Document type: Sale
Year: 1451
Scribe: [Unknown]
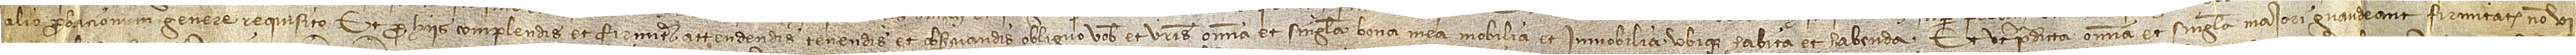
alio probacionum genere requisito. Et pro hiis complendis et firmiter attendendis, tenendis et observandis obliguo vobis et vestris omnia et singula bona mea, mobilia et immobilia, ubique habita et habenda. Et ut predicta omnia et singula maiori gaudeant firmitate, non vi